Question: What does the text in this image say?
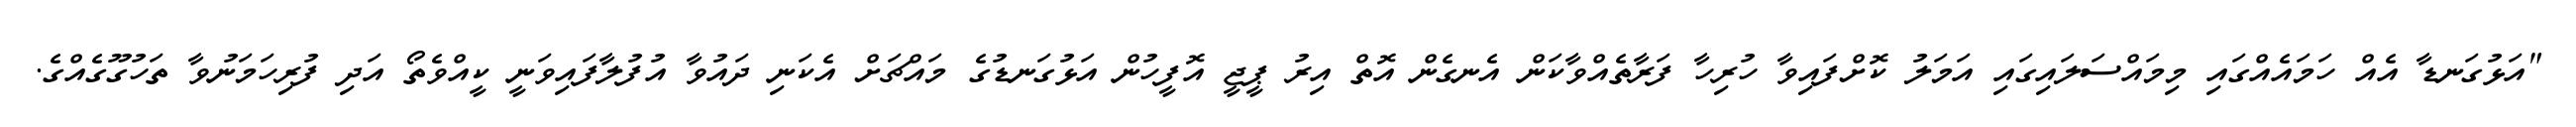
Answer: "އަޅުގަނޑާ އެއް ހަމައެއްގައި މިމައްސަލައިގައި އަމަލު ކޮށްފައިވާ ހުރިހާ ފަރާތެއްވާކަން އެނގެން އޮތް އިރު ޕީޖީ އޮފީހުން އަޅުގަނޑުގެ މައްޗަށް އެކަނި ދައުވާ އުފުލާފައިވަނީ ކީއްވެތޯ އަދި ފުރިހަމަނުވާ ތަހުގޫގެއްގެ.